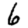
Digit: 6